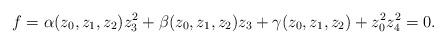
LaTeX: \begin{align*}f=\alpha(z_0,z_1,z_2)z_3^2+\beta(z_0,z_1,z_2)z_3+\gamma(z_0,z_1,z_2)+z_0^2z_4^2=0. \end{align*}